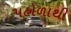
પહોળાથી